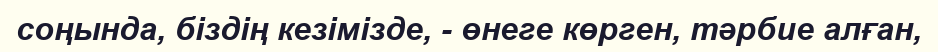
соңында, біздің кезімізде, - өнеге көрген, тәрбие алған,